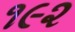
૧૯૨